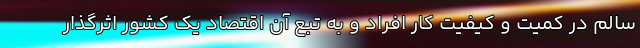
سالم در کمیت و کیفیت کار افراد و به تبع آن اقتصاد یک کشور اثرگذار